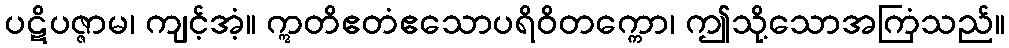
ပဋိပဇ္ဇာမ၊ ကျင့်အံ့။ ဣတိဧတံဧသောပရိဝိတက္ကော၊ ဤသို့သောအကြံသည်။